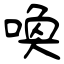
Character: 喚